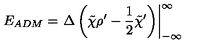
E _ { A D M } = \left. { \Delta } \left( \tilde { \chi } { \rho } ^ { \prime } - { \frac 1 2 } { \tilde { \chi } } ^ { \prime } \right) \right| _ { - \infty } ^ { \infty }